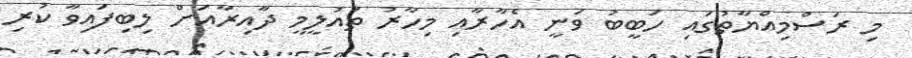
މި ރަސްމިއްޔާތުގައި ހަބީބު ވަނީ އެހާރާއި މިހާރު ތައުލީމީ ދާއިރާއަށް ލިބިފައިވާ ކުރި